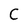
Character: C